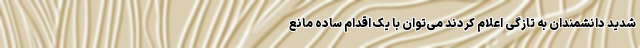
شدید دانشمندان به تازگی اعلام کردند می‌توان با یک اقدام ساده مانع